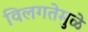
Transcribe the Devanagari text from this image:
विलगतेमुळे